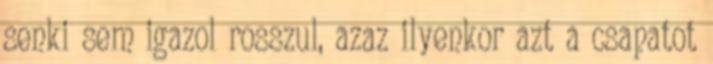
senki sem igazol rosszul, azaz ilyenkor azt a csapatot